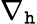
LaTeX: \nabla_{\mathtt{h}}